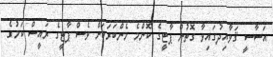
އަސާސީ ޤަވާއިދުގައިވާ ގޮތުން ޕާޓީގެ ކޮންމެ މެންބަރަކަށް ވެސް ޕާޓީގެ ރައީސް ކަމުގެ